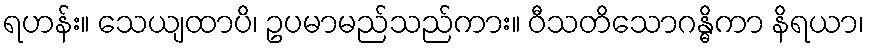
ရဟန်း။ သေယျထာပိ၊ ဥပမာမည်သည်ကား။ ဝီသတိသောဂန္ဓိကာ နိရယာ၊